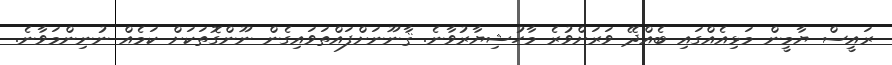
ރައީސް ޔާމީން މަޅިއެއްގައި ބެއްދޭ ވަރަށްވުރެ މާހުޝިޔާރުވާނެ. ޤާނޫނަށްފައްތަވައިގެން ނޫންގޮތަކަށް ކަމެއް ނުނިންމަވާނެ.